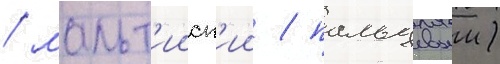
/ мальт'ииск'ии / пальцевыи)